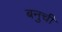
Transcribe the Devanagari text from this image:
बनुची